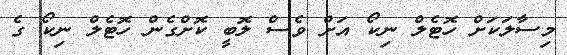
މިސާލަކަށް ހޮޓެލް ނިކޯ އަށް ވެސް ލޮބީ ކޮށްގެން ހޮޓެލް ނިކޯ ގެ